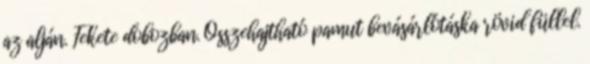
az alján. Fekete dobozban. Összehajtható pamut bevásárlótáska rövid füllel.